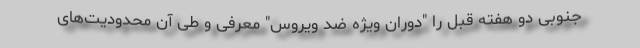
جنوبی دو هفته قبل را "دوران ویژه ضد ویروس" معرفی و طی آن محدودیت‌های